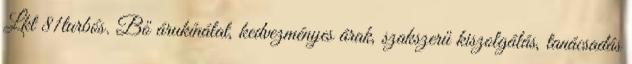
Lkt 81turbós. Bő árukínálat, kedvezményes árak, szakszerű kiszolgálás, tanácsadás